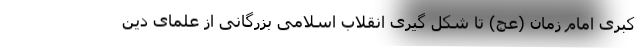
کبری امام زمان (عج) تا شکل گیری انقلاب اسلامی بزرگانی از علمای دین